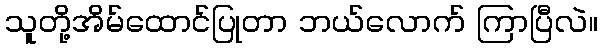
သူတို့အိမ်ထောင်ပြုတာ ဘယ်လောက် ကြာပြီလဲ။